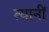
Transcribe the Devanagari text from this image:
त्यानीं